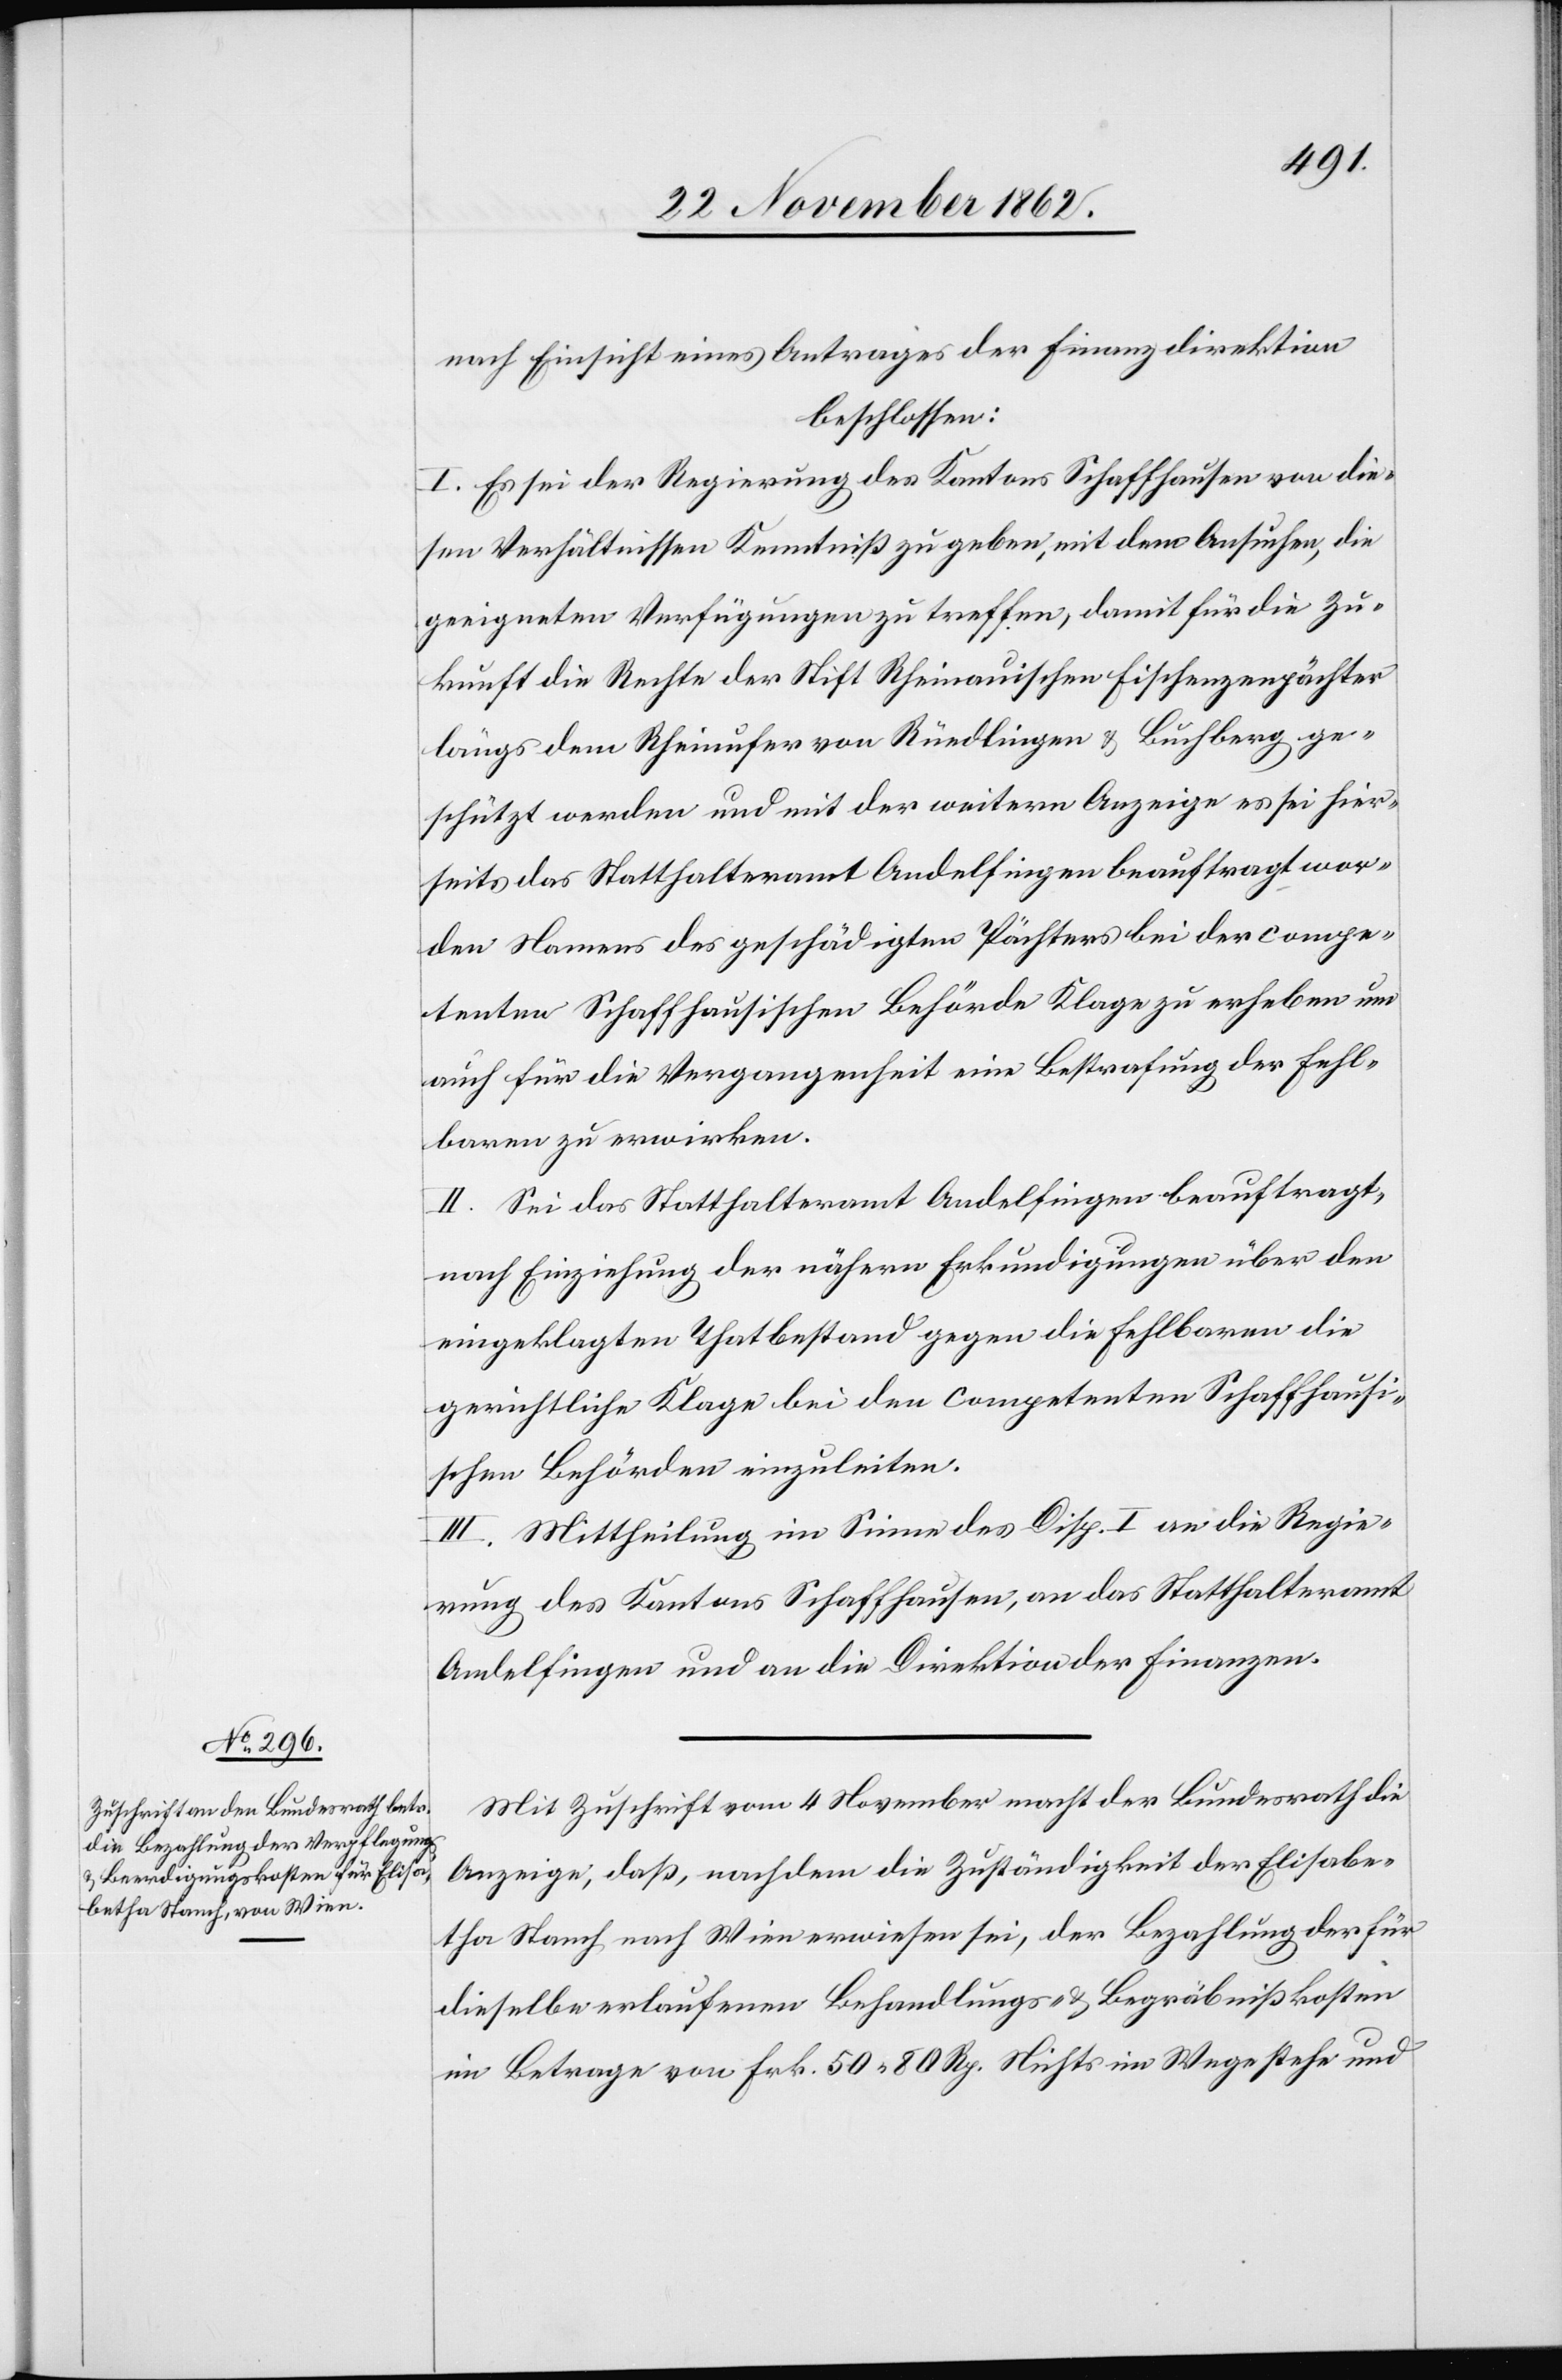
nach Einsicht eines Antrages der Finanzdirektion
beschlossen:
I. Es sei der Regierung des Kantons Schaffhausen von die¬
sen Verhältnissen Kenntniß zu geben, mit dem Ansuchen, die
geeigneten Verfügungen zu treffen, damit für die Zu¬
kunft die Rechte der Stift Rheinauischen Fischenzenpächter
längs dem Rheinufer von Rüedlingen u. Buchberg ge¬
schützt werden und mit der weitern Anzeige es sei hier¬
seits das Statthalteramt Andelfingen beauftragt wor¬
den Namens des geschädigten Pächters bei der compe¬
tenten Schaffhausischen Behörde Klage zu erheben um
auch für die Vergangenheit eine Bestrafung der Fehl¬
baren zu erwirken.
II. Sei das Statthalteramt Andelfingen beauftragt,
nach Einziehung der nähern Erkundigungen über den
eingeklagten Thatbestand gegen die Fehlbaren die
gerichtliche Klage bei den competenten Schaffhausi¬
schen Behörden einzuleiten.
III. Mittheilung im Sinne des Disp. I an die Regie¬
rung des Kantons Schaffhausen, an das Statthalteramt
Andelfingen und an die Direktion der Finanzen.
Mit Zuschrift vom 4. November macht der Bundesrath die
Anzeige, daß, nachdem die Zuständigkeit der Elisabe¬
tha Stanch nach Wien erwiesen sei, der Bezahlung der für
dieselbe erlaufenen Behandlungs- u. Begräbnißkosten
im Betrage von Frk. 50 80 Rp. Nichts im Wege stehe und